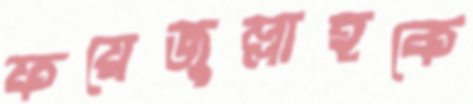
ফয়েজুল্লাহকে